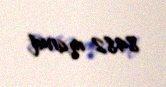
8482 manat